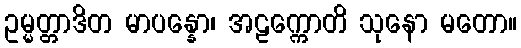
ဥမ္မတ္တာဒိတ မာပန္နော၊ အဠက္ကောတိ သုနော မတော။